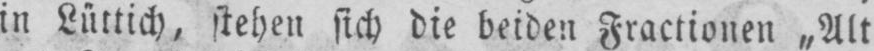
in Lüttich, stehen sich die beiden Fraktionen „Alt